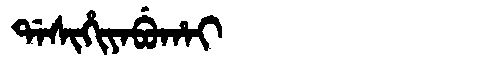
Manchu: ᡩᠠᠰᡳᡥᡳᠶᠠᠪᡠᡥᠠᡳ
Romanization: DASIHIYABUHAI